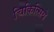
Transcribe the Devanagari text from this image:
चिकित्सिये